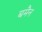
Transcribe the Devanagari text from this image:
बमैन